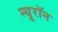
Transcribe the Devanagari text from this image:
न्‍यूरॉन